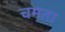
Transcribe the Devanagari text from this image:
चमता